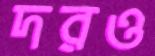
দরও